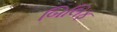
બિલિફ